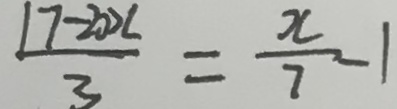
\frac { 1 7 - 2 0 0 L } { 3 } = \frac { x } { 7 } - 1